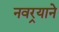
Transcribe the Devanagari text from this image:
नवर्‍याने